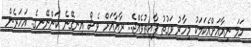
ހަމަ ނިއާއަށްއެކަމަކު މިހާރު ވަގުތު ފާއިތުވެއްޖެ.. ރާޔާއަށް ވެސް އިނގޭނެ ކަންނޭނގެ.. އަހަރެން